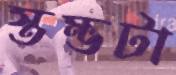
স্তম্ভটা